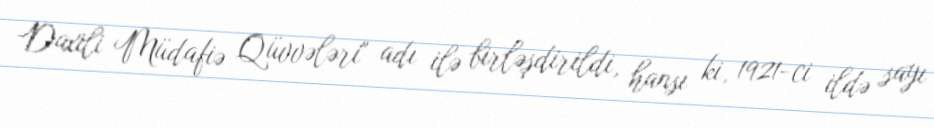
Daxili Müdafiə Qüvvələri" adı ilə birləşdirildi, hansı ki, 1921-ci ildə sayı